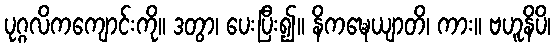
ပုဂ္ဂလိကကျောင်းကို။ ဒတွာ၊ ပေးပြီး၍။ နိကဍ္ဎေယျာတိ၊ ကား။ ဗဟူနိပိ၊